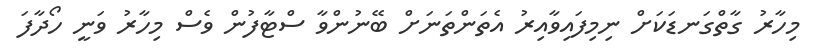
މިހާރު ގާތްގަނޑަކަށް ނިމިފައިވާއިރު އެތަންތަނަށް ބޭނުންވާ ސްޓާފުން ވެސް މިހާރު ވަނީ ހޯދާފަ